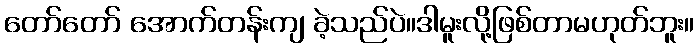
တော်တော် အောက်တန်းကျ ခဲ့သည်ပဲ။ဒါမူးလို့ဖြစ်တာမဟုတ်ဘူး။